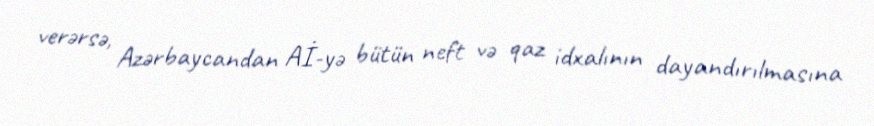
verərsə, Azərbaycandan Aİ-yə bütün neft və qaz idxalının dayandırılmasına